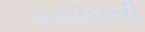
રસોઇની